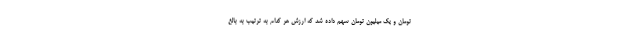
تومان و یک میلیون تومان سهم داده شد که ارزش هر کدام به ترتیب به بالغ